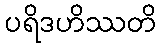
ပရိဒဟိဿတိ